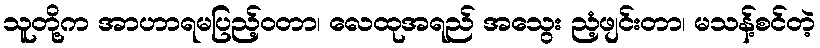
သူတို့က အာဟာရမပြည့်ဝတာ၊ လေထုအရည် အသွေး ညံ့ဖျင်းတာ၊ မသန့်စင်တဲ့